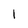
Character: l